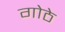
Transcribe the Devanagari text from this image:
गोठे